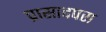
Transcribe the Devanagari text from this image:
प्रासादपरा